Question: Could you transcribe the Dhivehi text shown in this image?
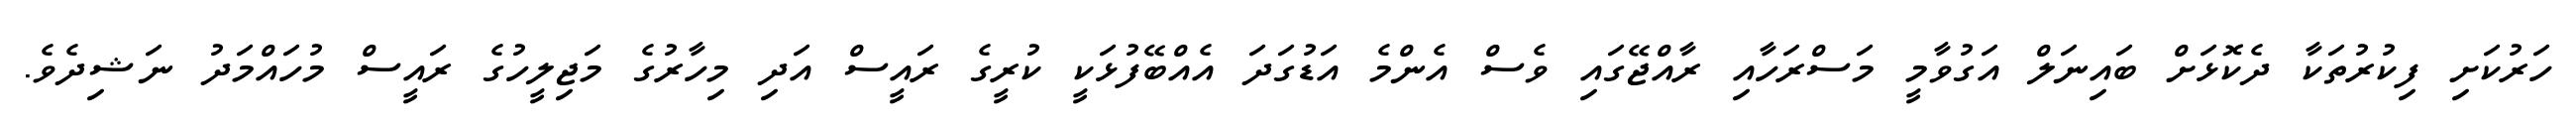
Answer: ހަރުކަށި ފިކުރުތަކާ ދެކޮޅަށް ބައިނަލް އަގުވާމީ މަސްރަހާއި ރާއްޖޭގައި ވެސް އެންމެ އަޑުގަދަ އެއްބޭފުޅަކީ ކުރީގެ ރައީސް އަދި މިހާރުގެ މަޖިލީހުގެ ރައީސް މުހައްމަދު ނަޝިދެވެ.